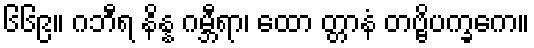
၆၆၉။ ဂဘီရ နိန္န ဂမ္ဘီရာ၊ ထော တ္တာနံ တဗ္ဗိပက္ခကေ။